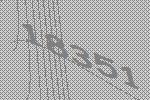
18351